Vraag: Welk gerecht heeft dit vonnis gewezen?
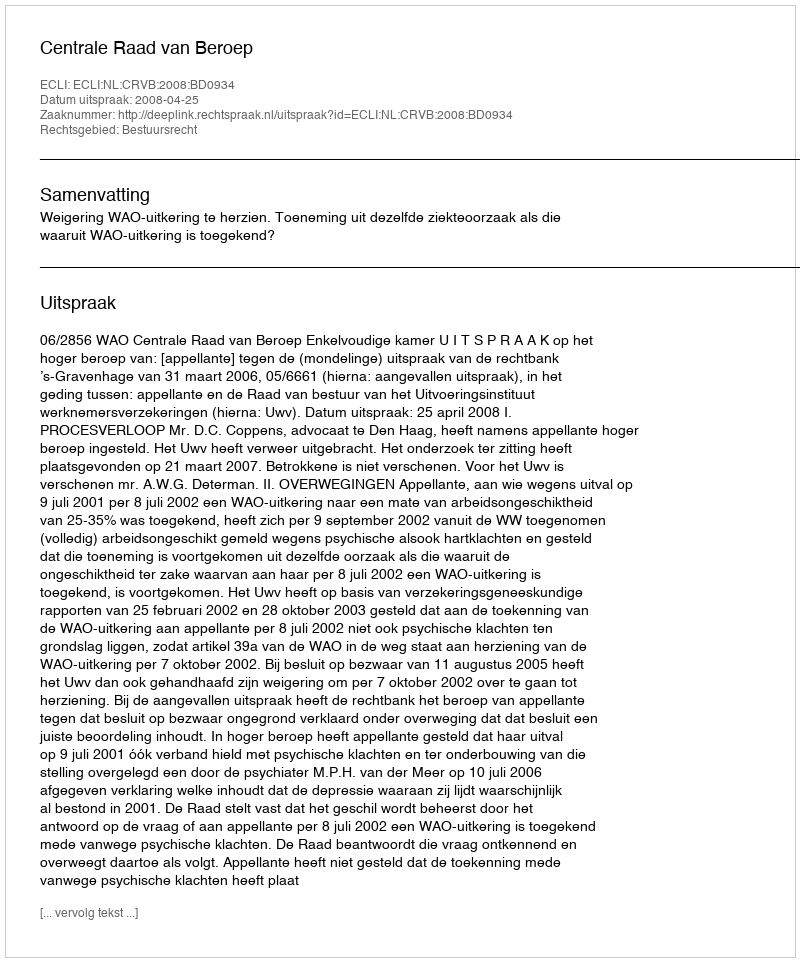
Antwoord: Centrale Raad van Beroep